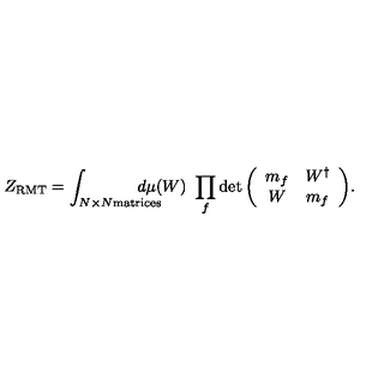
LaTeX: Z _ { \mathrm { R M T } } = \int _ { N \times N \mathrm { \scriptsize m a t r i c e s } } \! \! \! \! \! \! \! \! \! \! d \mu ( W ) \ \prod _ { f } \det { \left( \begin{array} { c c } { m _ { f } } & { W ^ { \dagger } } \\ { W } & { m _ { f } } \\ \end{array} \right) } .